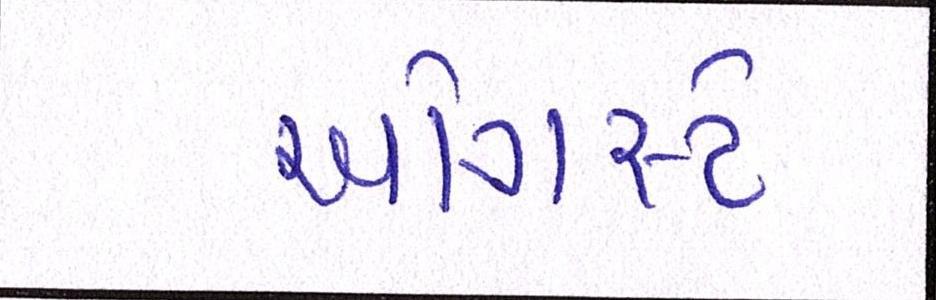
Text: ઓગસ્ટે